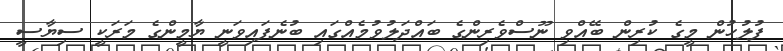
ފުލުހުން މީގެ ކުރިން ބޭއްވި ނޫސްވެރިންގެ ބައްދަލުވުމެއްގައި ބުނެފައިވަނީ ޔާމީންގެ މަރަކީ ސިޔާސީ